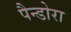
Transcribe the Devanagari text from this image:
पैन्डोरा